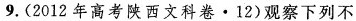
9.(2012年高考陕西文科卷·12)观察下列不